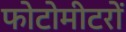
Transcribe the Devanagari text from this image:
फोटोमीटरों